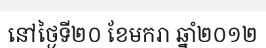
នៅថ្ងៃទី២០ ខែមករា ឆ្នាំ២០១២